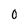
Character: 0